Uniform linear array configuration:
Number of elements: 12
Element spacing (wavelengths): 1
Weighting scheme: exponential
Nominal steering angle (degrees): -60
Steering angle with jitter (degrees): -61.277
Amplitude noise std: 0.05
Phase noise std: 0.05

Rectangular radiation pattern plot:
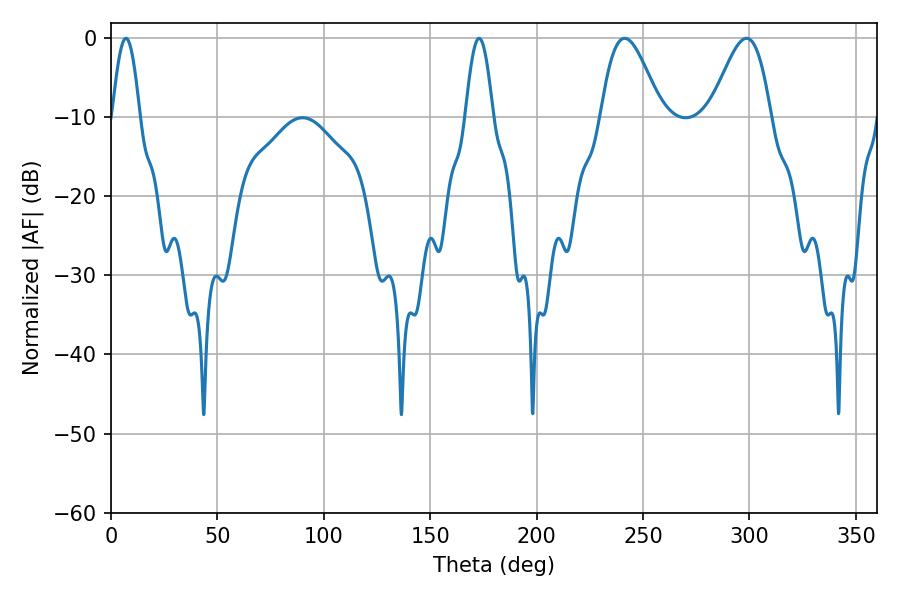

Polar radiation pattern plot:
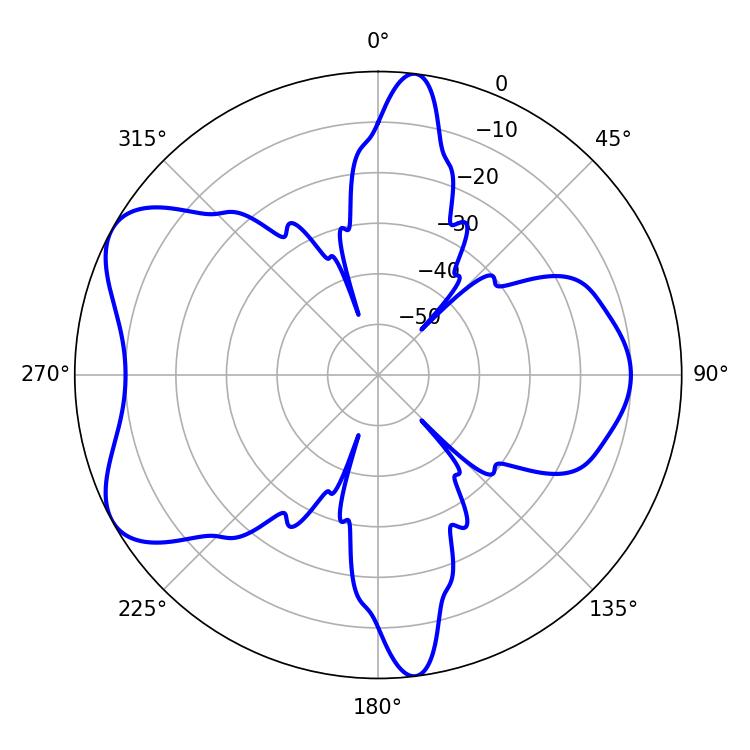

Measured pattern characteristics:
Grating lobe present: TRUE
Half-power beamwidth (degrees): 6.84
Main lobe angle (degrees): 7.02